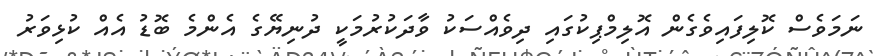
ނަމަވެސް ކޮލިފައިވެގެން އޮލިމްޕިކުގައި ދިވެއްސަކު ވާދަކުރުމަކީ ދުނިޔޭގެ އެންމެ ބޮޑު އެއް ކުޅިވަރު